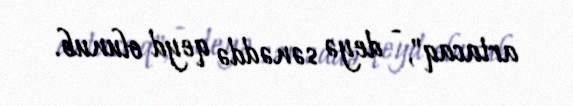
artacaq", - deyə sənəddə qeyd olunub.